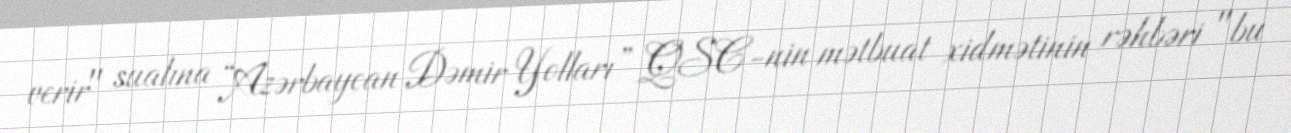
verir" sualına “Azərbaycan Dəmir Yolları” QSC-nin mətbuat xidmətinin rəhbəri "bu